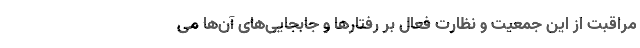
مراقبت از این جمعیت و نظارت فعال بر رفتارها و جابجایی‌های آن‌ها می